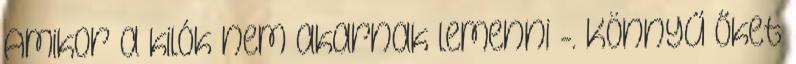
Amikor a kilók nem akarnak lemenni -. Könnyű őket